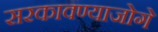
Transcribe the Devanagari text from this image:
सरकावण्याजोगे